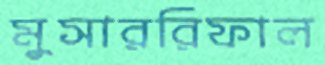
মুসাররিফাল